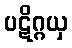
ပဋိဂ္ဂယှ